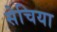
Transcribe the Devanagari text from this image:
सेचिया